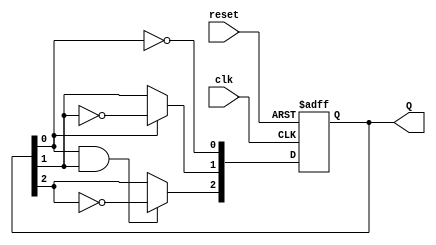
module ripple_counter(
    input wire clk,           // Clock input
    input wire reset,         // Asynchronous reset input
    output reg [2:0] Q        // 3-bit output
);

// Always block for the ripple counter
always @(posedge clk or posedge reset) begin
    if (reset) begin
        Q <= 3'b000;          // Reset output to 0
    end else begin
        Q[0] <= ~Q[0];        // Toggle the least significant bit
        Q[1] <= Q[0] ? ~Q[1] : Q[1]; // Toggle the second bit on Q[0] toggle
        Q[2] <= (Q[0] & Q[1]) ? ~Q[2] : Q[2]; // Toggle the third bit on Q[1] and Q[0] toggle
    end
end

endmodule